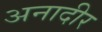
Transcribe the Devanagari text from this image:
अनादीर